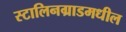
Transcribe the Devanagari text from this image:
स्टालिनग्राडमधील